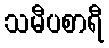
သမီပစာရီ